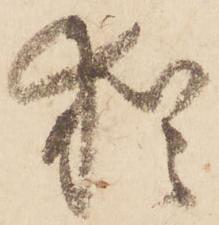
猶